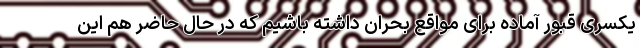
یکسری قبور آماده برای مواقع بحران داشته باشیم که در حال حاضر هم این